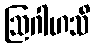
ဩဂါဟသိ